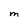
Character: M